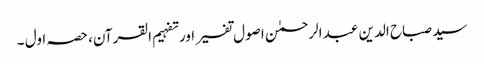
سید صباح الدین عبد الرحمٰن اصول تفسیر اور تفہیم القرآن، حصہ اول ۔